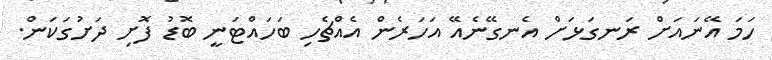
ހަމަ އޭނައަށް ރަނގަޅަށް އެނގޭނެއޭ އަހަރެން އެއްޗެހި ބަހައްޓަނީ ބޮޑު ފޮށި ދަށުގަކަން.